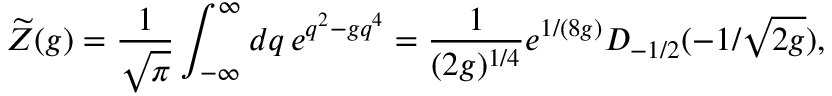
\widetilde Z ( g ) = { \frac { 1 } { \sqrt { \pi } } } \int _ { - \infty } ^ { \infty } d q \, e ^ { q ^ { 2 } - g q ^ { 4 } } = { \frac { 1 } { ( 2 g ) ^ { 1 / 4 } } } e ^ { 1 / ( 8 g ) } D _ { - 1 / 2 } ( - 1 / \sqrt { 2 g } ) ,